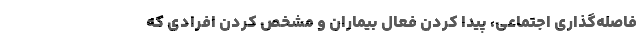
فاصله‌گذاری اجتماعی، پیدا کردن فعال بیماران و مشخص کردن افرادی که